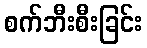
စက်ဘီးစီးခြင်း